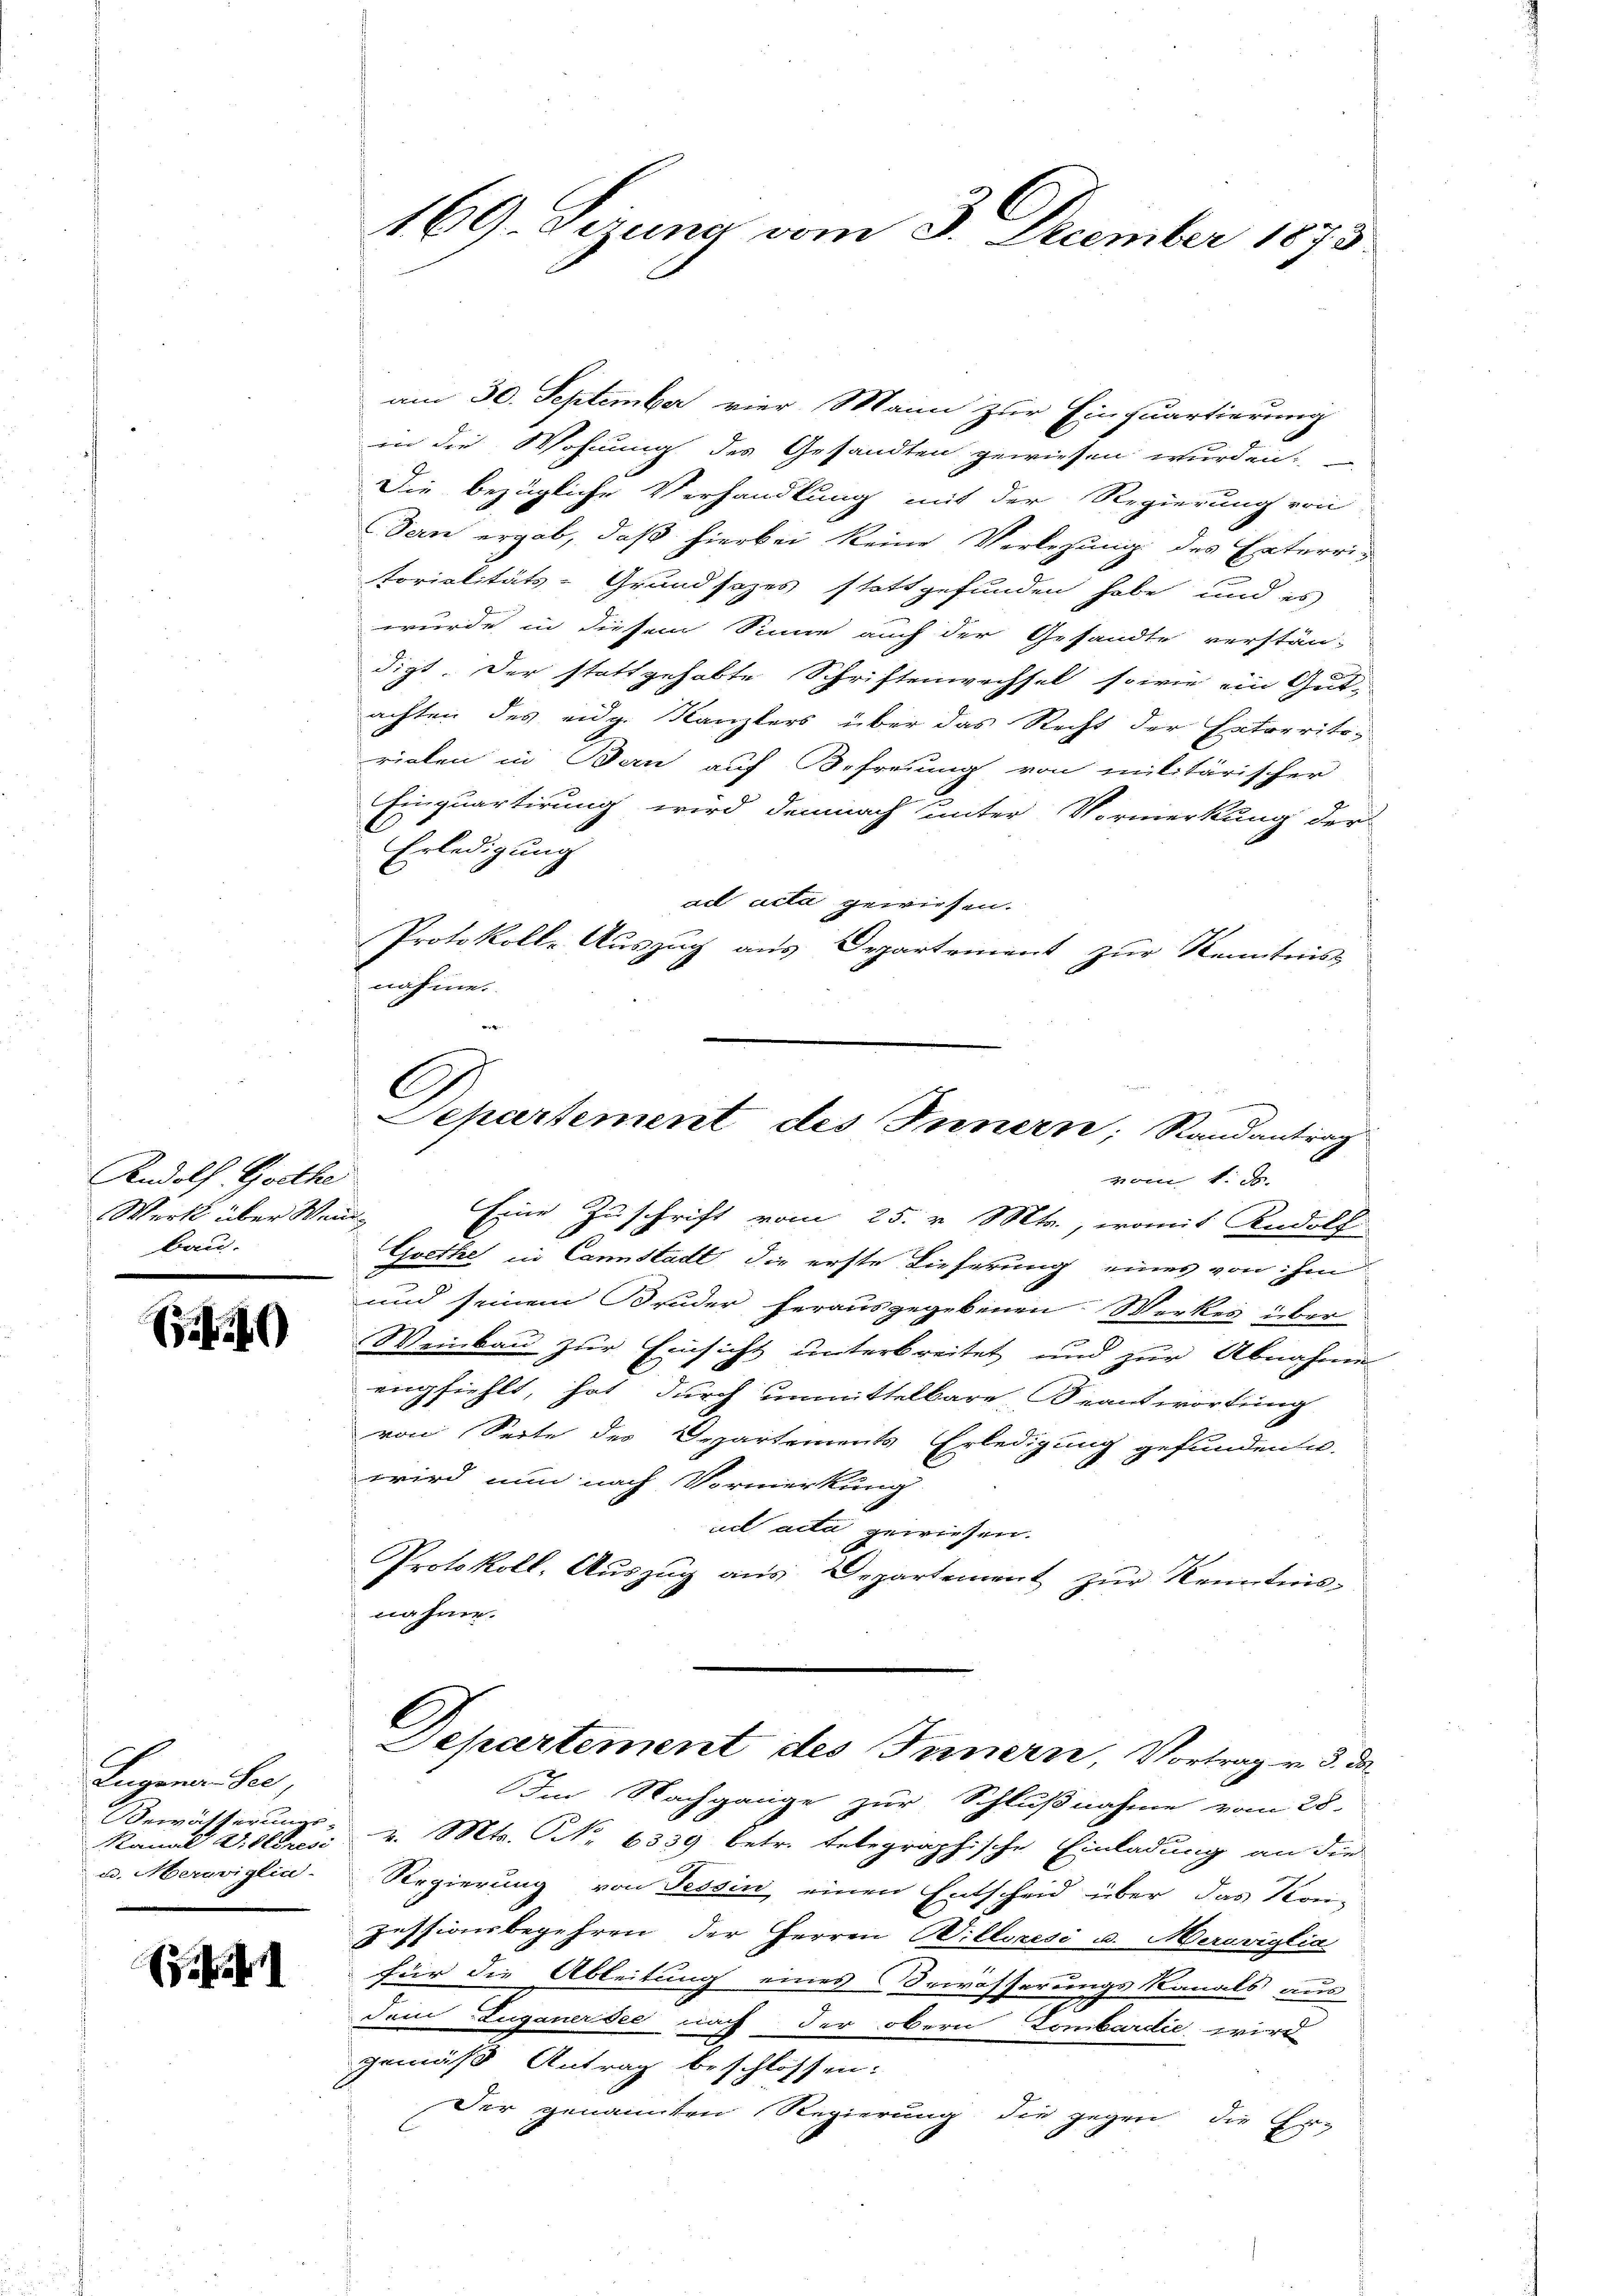
Rudolf Goethe
Werk über Wein¬
Bau.

40

Lugenan See,
Bewässerungs-
Kanal Viktoresi
u. Meraviglin-

(d. h

169. Derung vom 3. December 1873.

am 30. September vier Mann zur Einquartierung
in die Wohnung des Gesandten gewiesen wurden.
Die bezügliche Verhandlung mit der Regierung von
Den ergab, daß hierbei keine Verlegung des Enterri-
torialitäts-Grundsazes stattgefunden habe und es
wurde in diesem Sinne auch der Gesandte verstän-
digt. Der stattgehabte Schriftenwechsel sowie ein Gut-
achten des eidg. Kanzlers über das Recht der Ertraritirialen in Bern auf Befreiung von militärischer
Einquartirung wird demnach unter Vormerkung der
Erledigung
ad acta gewiesen.
Protokoll-Auszug aus Departement zur Kenntnis
nahme.
Eine Zuschrift vom 25. v. Mts., womit Rudolf
Goethe in Cannstadt die erste Lieferung eines von hin
und seinem Bruder herausgegebenen Werkes über
Weinbau zur Einsicht unterbreitet und zur Abnahme
empfiehlt, hat durch unmittelbare Beantwortung
von Seite des Departements Erledigung gefunden u.
wird nun nach Vormerkung
ucl acta gewiesen.
Protokoll, Aŭszŭg ans Departement zŭr Kenntnis-
nahme.
Departement des Innern, Vortrag v. 3. da¬
Im Nachgange zur Schlußnahme vom 28.
v. Mts. NNo. 6339 betr. telegraphische Einladung an die
Regierung von Tessin einen Entscheid über das Kon-
Zessionsbegehren der Herren Willeresi u. Merediglia
für die Ableitung eines Bewässerungskanals aus
dem Zuganersee nach der obern Lombardie wird
gemäß Antrag beschlossen:
Der genannten Regierung die gegen die Er-

s
Separtement des Innern; Randantrag
vom 1. d.